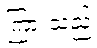
ကြားသည့်